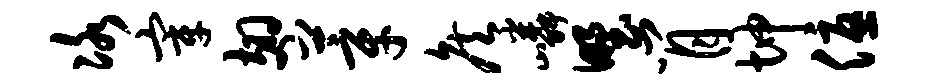
冰宰翅莘侯嶙野肖坤优